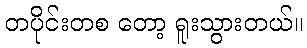
တပိုင်းတစ တော့ ရူးသွားတယ်။